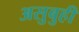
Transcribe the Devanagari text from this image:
असुबुही